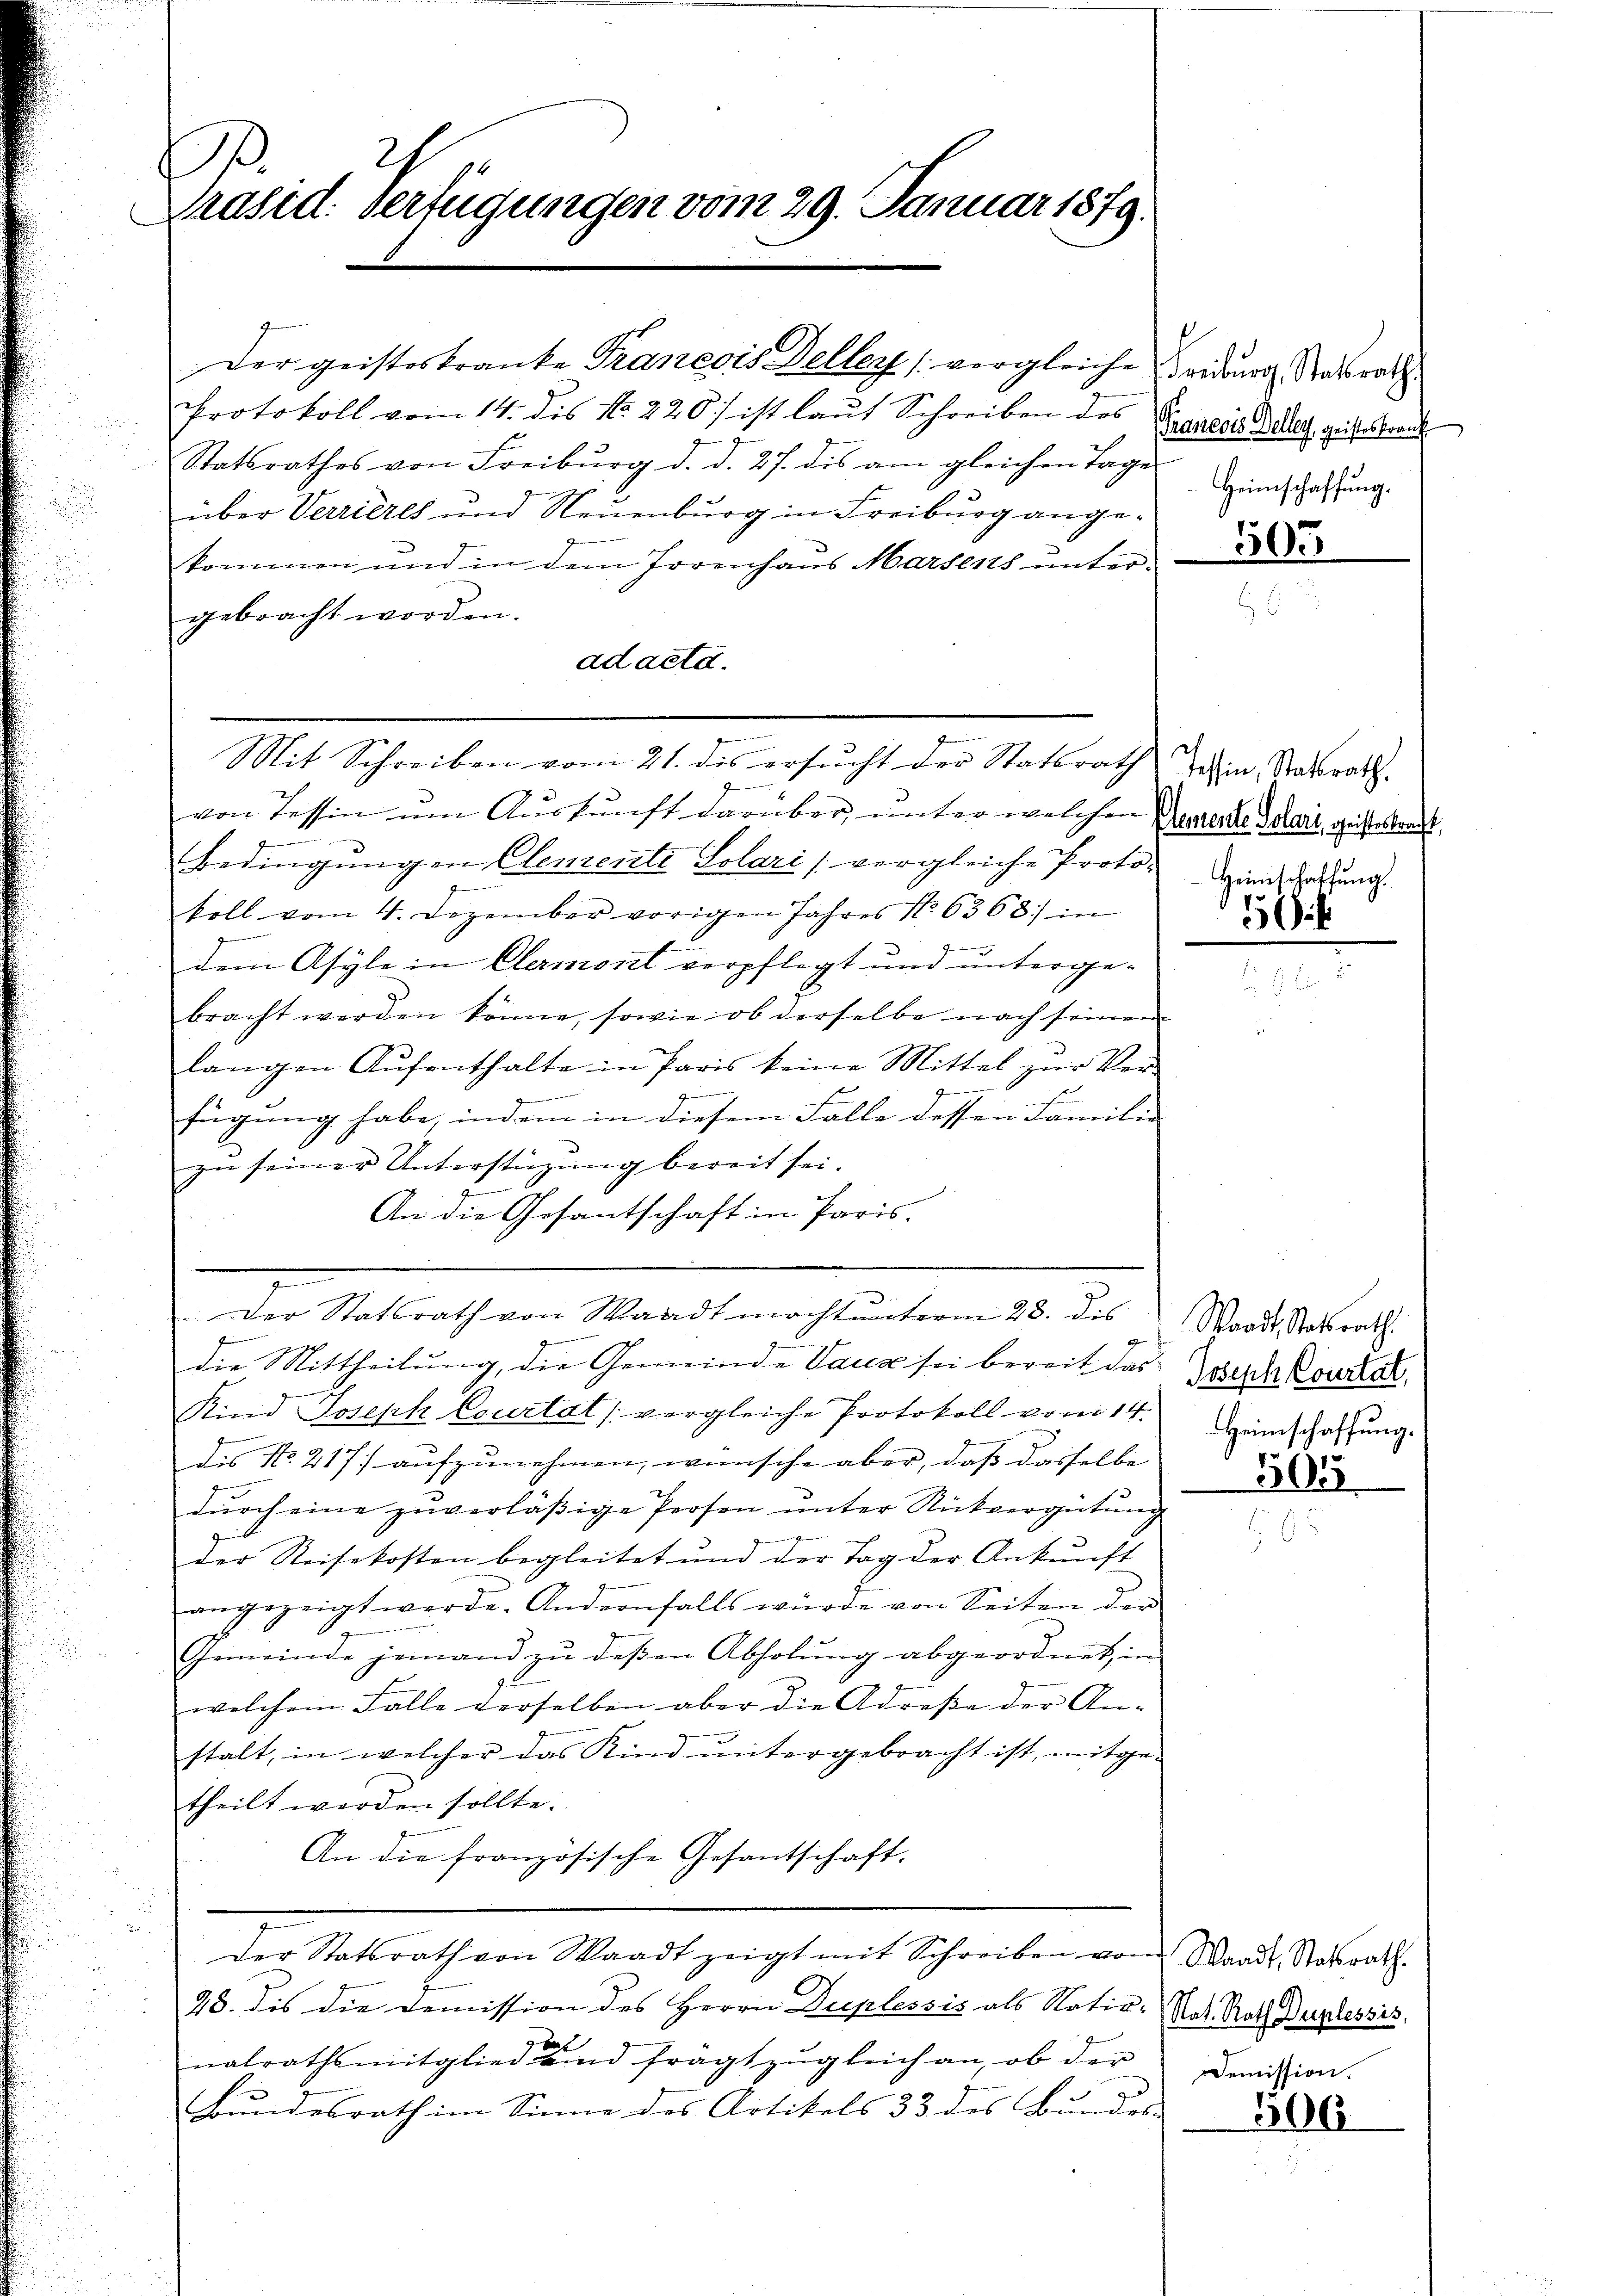
C
Präsid. verfügungen vom 29. Januar 1879.

Protokoll vom 14. dis No. 220) ist laut Schreiben des Szaldt Deter geistes brau
Statsrathes von Freiburg d. d. 27. des am gleichen Tage
über Verrieres und Neuenburg in Freiburg angekommen und in dem Jorenhaus Marseits untergebracht worden.
ad acta.

Der geisteskranke Trancois Deller (vergleiche ridurg Staatsrath

.
Mit Schreiben vom 21. des ersucht der Statsrath

von Tessin um Auskunft darüber, unter welchen Generde Schart, geisterbrecht,
Bedingungen Clemente Solari vergleiche Proto- Hinschaftung.
koll vom 4. Dezember vorigen Jahres No. 6368) in
dem Asyle in Clermont verpflegt und unterge-
bracht werden könne, sowie ob derselbe nach seinen
langen Aŭfenthalte in Paris keine Mittel zŭr Ver-
z
eer in den und
mchen
fügung habe, indem in diesem Falle dessen Familie
zu seiner Unterstützung bereit sei.
An die Gesantschaft in Paris.
Der Statsrath von Waadt macht unterm 28. dis
die Mittheilung, die Gemeinde Vauz sei bereit das
Kind Joseph Courtal /: vergleiche Protokoll vom 14.
dis No. 217 aufzunehmen, wünsche aber, daß dasselbe
dŭrch eine zuverläßige Person unter Rückvergütung
der Reisekosten begleitet und der Tag der Ankunft
angezeigt werde. Andernfalls würde von Seiten der
Gemeinde jemand zu deßen Abholung abgeordnet, in
welchem Falle derselben aber die Adresse der An-
stalt, in welcher das Kind ŭntergebracht ist, mitge-
theilt werden sollte.
An die französische Gesantschaft.
Der Statsrath von Waadt zeigt mit Schreiben von Waadt, Natrath
28. dis die Demission des Herrn Duplessis als Natio-
nalrathsmitglied und frägt zŭgleich an, ob der
Bundesrath im Sinne des Artikels 33 des Bundes-

Heimschaffung.

505

Tessin, Statsrath.

15.

Waadt, Statsrath
Joseph Courtat,
Heimschaffung.

505

Nat. Rath Duplessis
Demission.

506